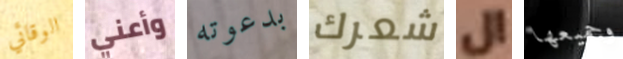
الوقائي وأعني بدعوته شعرك ال وجميعها